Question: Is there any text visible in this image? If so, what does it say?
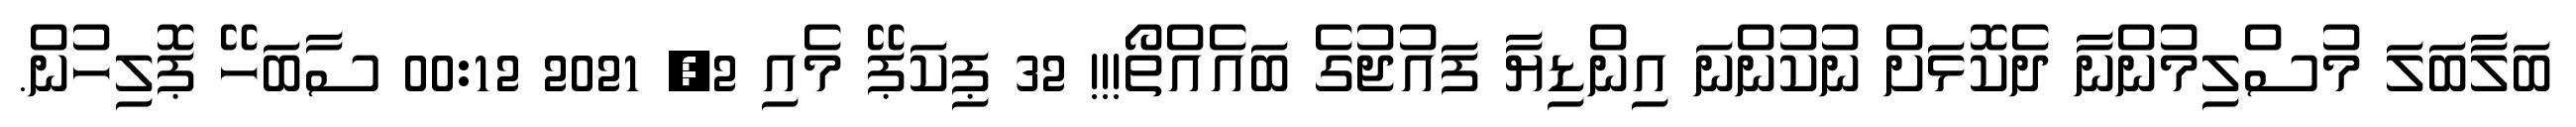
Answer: ބަލާބަލަ މުސްލިމުންނާ ދެކޮޅަށް ނުކުންނަ އިންޑިޔާ ފައުޖުގެ ބައެއްތޯ!!! 32 ޕިކަޕޭ މެއި 2, 2021 00:12 ސާބަހޭ ޕޮލިހުން.